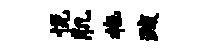
悦肌拖疏